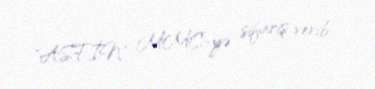
"ASFİN" MMC-yə sifariş verib.